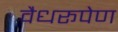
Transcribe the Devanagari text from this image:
वैधरूपेण